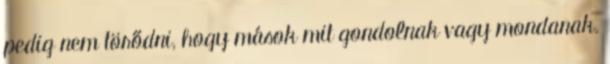
pedig nem törődni, hogy mások mit gondolnak vagy mondanak.